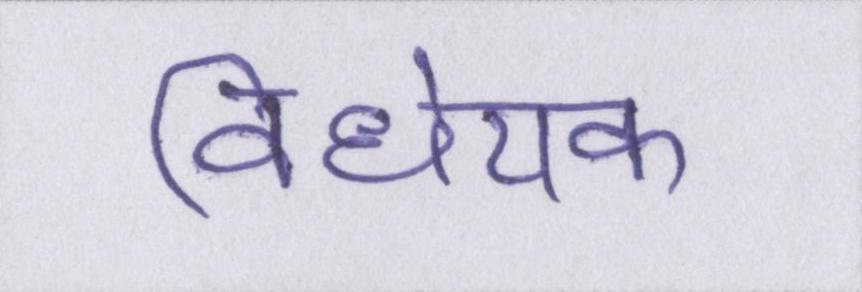
विधेयक